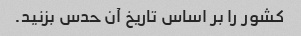
کشور را بر اساس تاریخ آن حدس بزنید.